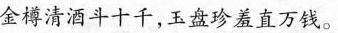
金樽清酒斗十千，玉盘珍羞直万钱。